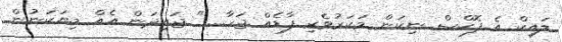
ލައިކް އެ ފޮކްސް ނިކަން މަކަރުވެރި ފާޑެއް ޖަހާ....." ޖައިދަން އެއް މިޔަކަނުން